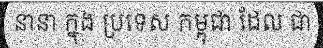
នានា ក្នុង ប្រទេស កម្ពុជា ដែល ជា